Annual report on the mental hospital in the Central Provinces and Berar (Nagpur) - 1927-1951
Year: 1927
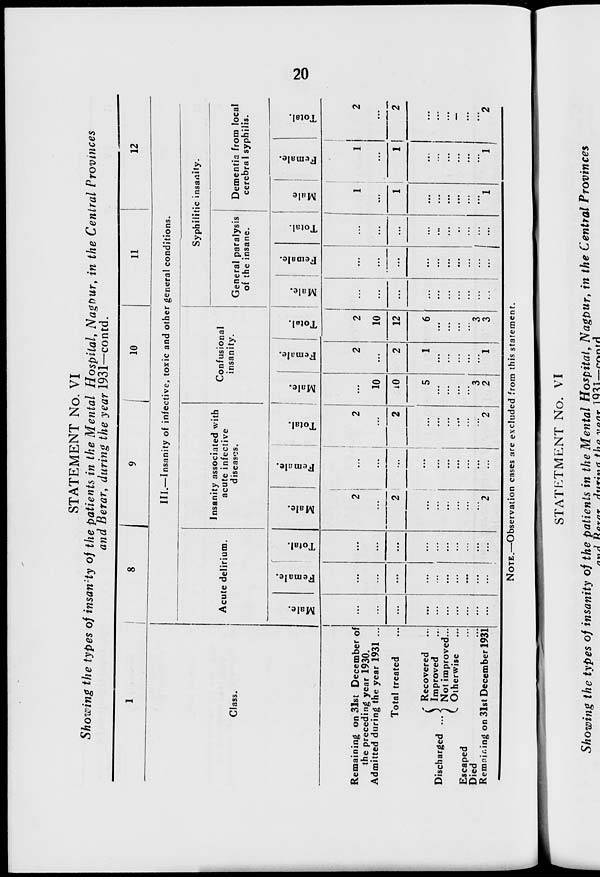
20
STATEMENT No. VI
Showing the types of insanity of the patients in the Mental Hospital, Nagpur, in the Central Provinces
and Berar, during the year 1931—contd.
1
Class.
Remaining on 31st December of
the preceding year 1930.
Admitted during the year 1931 ...
Total treated ...
Discharged ...
Recovered ...
Improved ...
Not improved ...
Otherwise ...
Escaped ...
Died ...
Remaining on 31st December 1931
8
9
10
11
12
III.—Insanity of infective, toxic and other general conditions.
Acute delirium.
Male.
...
...
...
...
...
...
...
...
...
...
Female.
...
...
...
...
...
...
...
...
...
...
Total.
...
...
...
...
...
...
...
...
...
...
Insanity associated with
acute infective
diseases.
Male.
2
...
2
...
...
...
...
...
...
2
Female.
...
...
...
...
...
...
...
...
...
...
Total.
2
...
2
...
...
...
...
...
...
2
Confusional
insanity.
Male.
...
10
10
5
...
...
...
...
3
2
Female.
2
...
2
1
...
...
...
...
...
1
Total.
2
10
12
6
...
...
...
...
3
3
Syphilitic insanity.
General paralysis
of the insane.
Male.
...
...
...
...
...
...
...
...
...
...
Female.
...
...
...
...
...
...
...
...
...
...
Total.
...
...
...
...
...
...
...
...
...
...
Dementia from local
cerebral syphilis.
Male.
1
...
1
...
...
...
...
...
...
1
Female.
1
...
1
...
...
...
...
...
...
1
Total.
2
...
2
...
...
...
...
...
...
2
NOTE.—Observation cases are excluded from this statement.